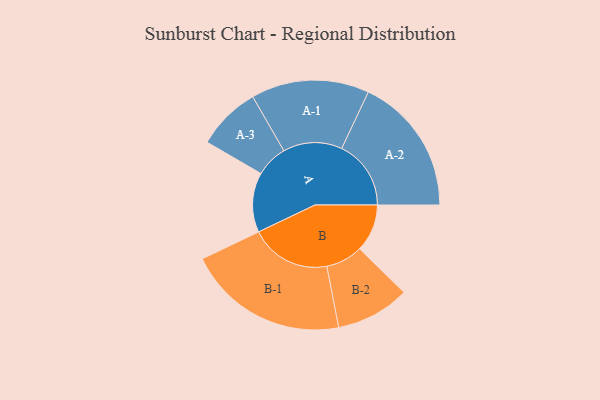
{"axis": {"x": "Segment", "y": "Value"}, "legend": ["", "A", "B"], "data": [{"x": "A", "y": 203, "type": ""}, {"x": "B", "y": 162, "type": ""}, {"x": "A-1", "y": 201, "type": "A"}, {"x": "A-2", "y": 236, "type": "A"}, {"x": "A-3", "y": 109, "type": "A"}, {"x": "B-1", "y": 275, "type": "B"}, {"x": "B-2", "y": 126, "type": "B"}]}